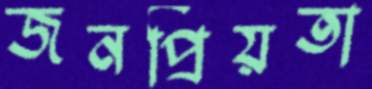
জনপ্রিয়তা